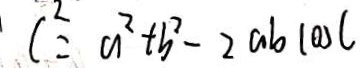
c ^ { 2 } = a ^ { 2 } + b ^ { 2 } - 2 a b \cos c